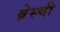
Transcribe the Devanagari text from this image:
ब्रेस्ची